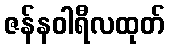
ဇန်နဝါရီလထုတ်